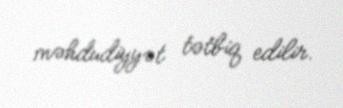
məhdudiyyət tətbiq edilir.